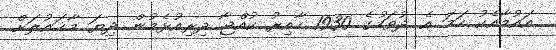
އައުމާއެކު ހަމަ އެ ދުވަހުގެ 1930 ހާއިރު ކުއްޖާ ދިރިއުޅެމުން ދިޔަ މާޙައުލަށް